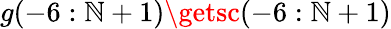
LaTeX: g(-6:\mathbb{N}+1)\getsc(-6:\mathbb{N}+1)